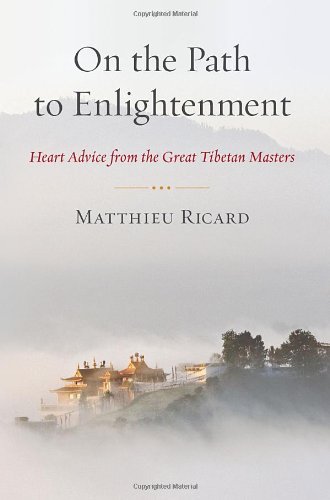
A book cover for On the Path to Enlightenment: Heart Advice from the Great Tibetan Masters; Matthieu Ricard; Religion & Spirituality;